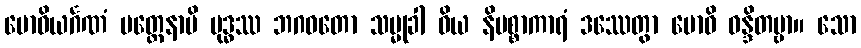
ဗောဓိယင်္ဂဏံ ပတ္တေနာပိ ဗုဒ္ဓဿ ဘဂဝတော သမ္မုခါ ဝိယ နိပစ္စာကာရံ ဒဿေတွာ ဗောဓိ ဝန္ဒိတဗ္ဗာ။ သော